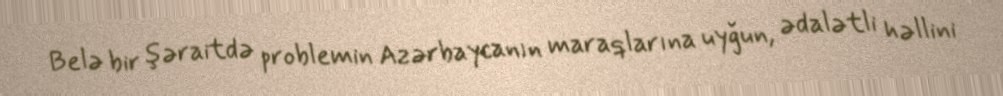
Belə bir şəraitdə problemin Azərbaycanın maraqlarına uyğun, ədalətli həllini